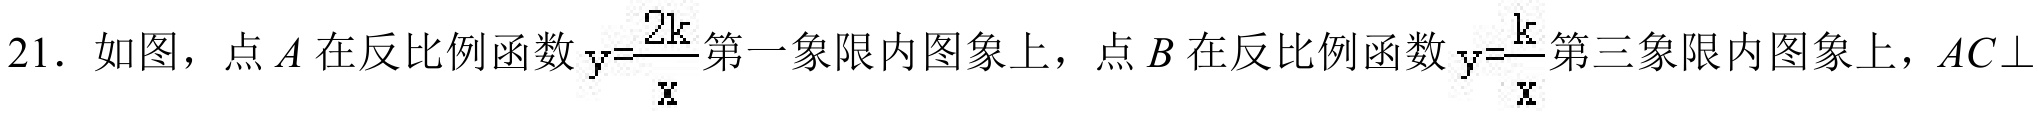
21. 如图，点\(A\)在反比例函数\(y = \dfrac{2k}{x}\)第一象限内图象上，点\(B\)在反比例函数\(y = \dfrac{k}{x}\)第三象限内图象上，\(AC\perp\)